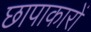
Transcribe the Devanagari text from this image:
छापाकारों